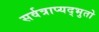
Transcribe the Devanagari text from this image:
सर्वत्राप्यद्भुतो